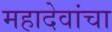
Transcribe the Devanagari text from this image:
महादेवांचा